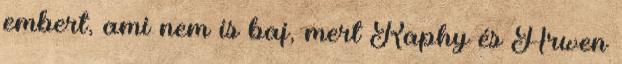
embert, ami nem is baj, mert Raphy és Arwen